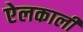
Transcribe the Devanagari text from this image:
ऐलकाली